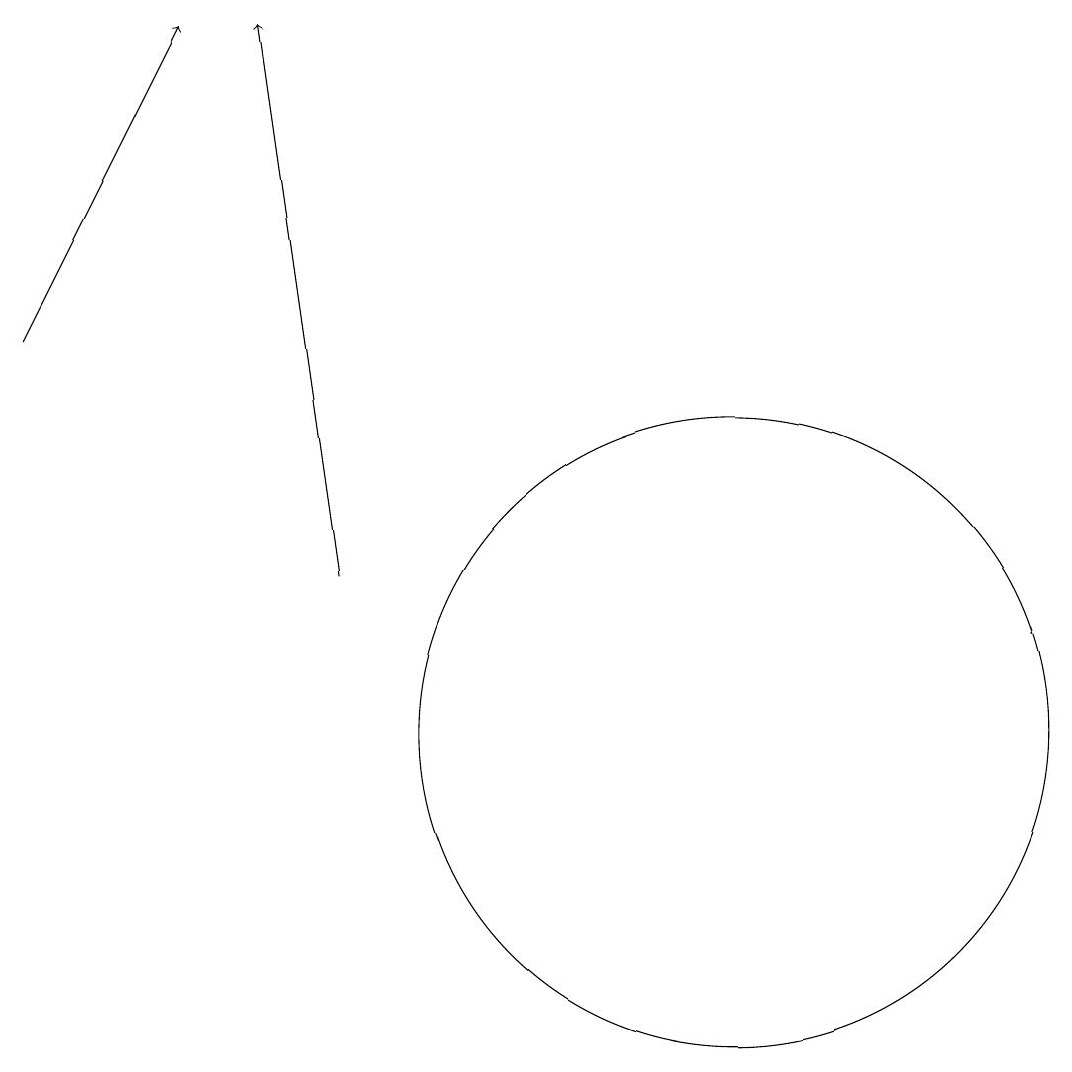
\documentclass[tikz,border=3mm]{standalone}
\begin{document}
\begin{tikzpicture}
\draw[->] (7,12) -- (6,19);
\draw (12,10) circle (4);
\draw[->] (3,15) -- (5,19);
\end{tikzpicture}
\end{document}